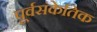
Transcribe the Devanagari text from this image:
पूर्वसंकेतिक